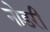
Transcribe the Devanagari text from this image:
नोडरी